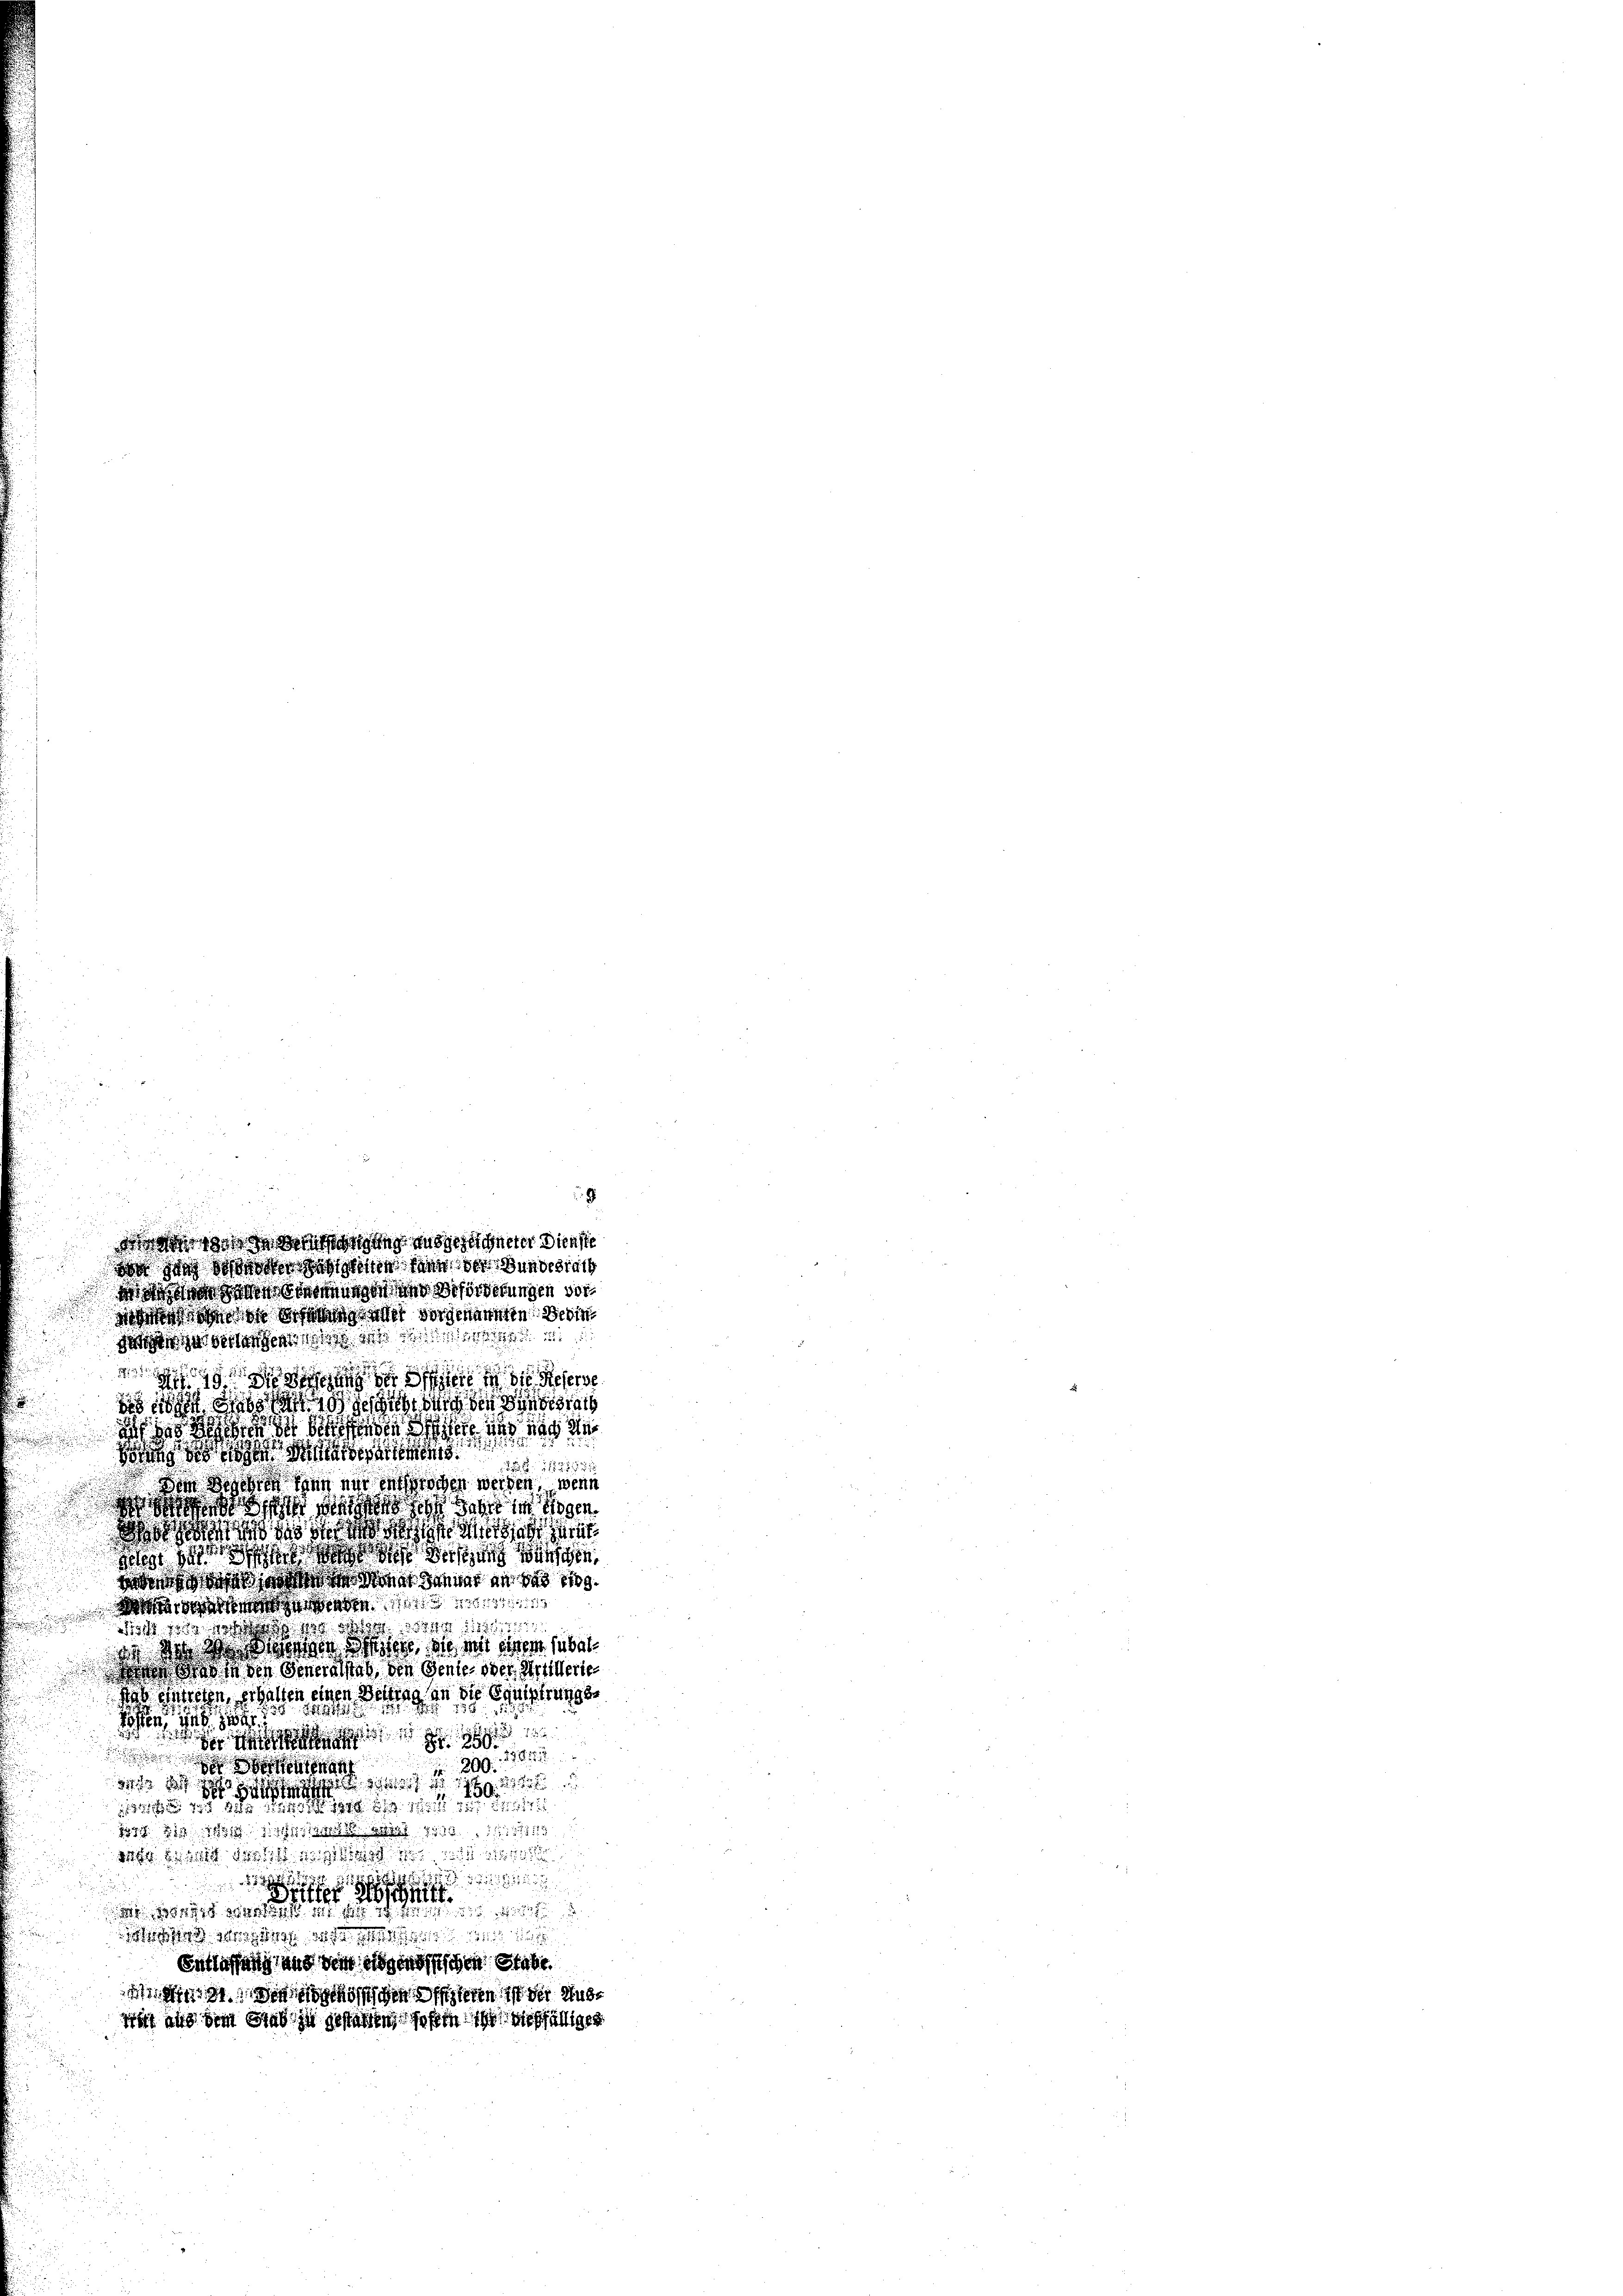
.
Song des oder diesen.
355. 1113835
Von den eine nur entsprochen werden, wenn
.
 od ist dass sich dann im Gegen
Wo sie das der er die heut
n sich so diesen wünschen
do daß die daher an das Eig

hicht sie so das ist die 111
se des Werkersten dessen, als mit einem sibel
 sind in den Generalstab den Gente oder Artillerte
einen Bettag an die Equipirungsab eintreten, erha
u

2

een, zu ge

8

8
200.
 nenn
      19
  den wird der
82. 122 1891
h die Zeit des sicht ist

o sagt das 1815/11 1
Entlassung und dem eidgenössischen Stabe
iit de sich mössischen Ofizieren ist der Hube
sicht aus dem Rad zu gestalten sohin ich dießfälliger

g

9
130f gung ausgezeichneter Dienste
don sich so das der Gattinge dann der Bundesrath
 od ungen und Beförderungen vor¬
3 des in der vorgenannten Dei
 ja verlangen dass der

 u der Seiten in die Sieherse
ich die er gesuch den na
   in diesen sei uns nach de